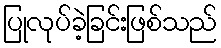
ပြုလုပ်ခဲ့ခြင်းဖြစ်သည်